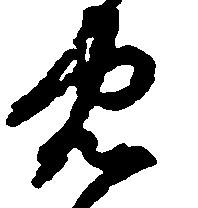
忠